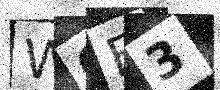
Text: WQE3